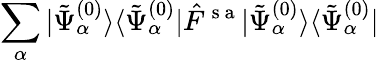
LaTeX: \sum_{\alpha}|\tilde{\Psi}_{\alpha}^{(0)}\rangle\langle\tilde{\Psi}_{\alpha}^{(0)}|\hat{F}^{\mathrm{~s~a~}}|\tilde{\Psi}_{\alpha}^{(0)}\rangle\langle\tilde{\Psi}_{\alpha}^{(0)}|